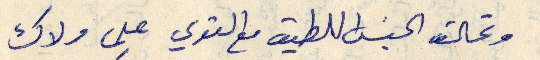
وتحالف الجنس اللطيف مع القوي على ولاك